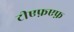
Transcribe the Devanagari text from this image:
टीएफ़एफ़